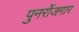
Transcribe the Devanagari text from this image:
पुनर्रोजगार